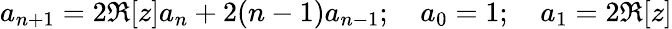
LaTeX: a_{n+1}=2\Re[z]a_{n}+2(n-1)a_{n-1};\quad a_{0}=1;\quad a_{1}=2\Re[z]